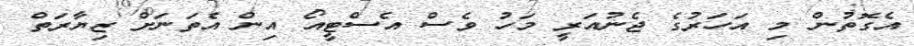
އެގޮތުން މި އަހަރުގެ ޖެނުއަރީ މަހު ވެސް އެސްޓީއޯ އިން އެތަނަށް ޒިޔާރަތް